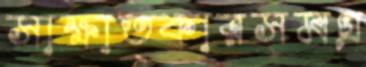
সাক্ষাত্কারসমগ্র